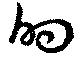
的